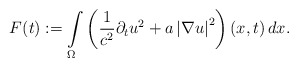
\begin{align*}F(t):=\int\limits_{\Omega} \left ( \frac{1}{c^2} \partial_t u^{2} + a \left| \nabla u\right|^{2} \right) \left( x,t\right) dx. \end{align*}